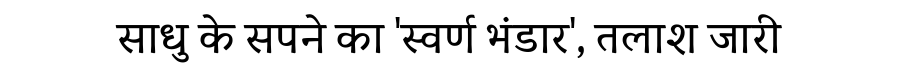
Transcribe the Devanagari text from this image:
साधु के सपने का 'स्वर्ण भंडार', तलाश जारी